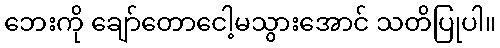
ဘေးကို ချော်တောငေါ့မသွားအောင် သတိပြုပါ။